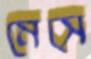
মেসে